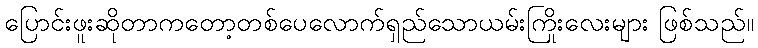
ပြောင်းဖူးဆိုတာကတော့တစ်ပေလောက်ရှည်သောယမ်းကြိုးလေးများ ဖြစ်သည်။